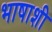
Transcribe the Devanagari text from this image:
भाषाशी